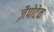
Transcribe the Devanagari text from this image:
ज़ैपोटेक